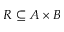
R \subseteq A \times B